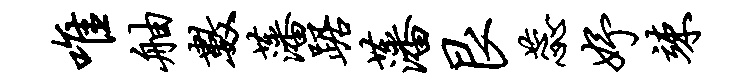
唯舳数藩踞藩艮蕊妤竦